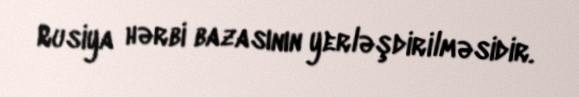
Rusiya hərbi bazasının yerləşdirilməsidir.